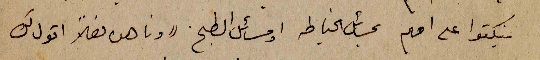
ينكتوا على امهم بمسائل الخياطه او مسائل الطبخ "وناهده فعلاً اقول لك